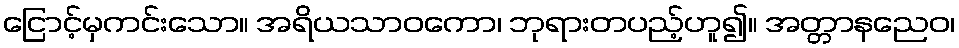
ငြောင့်မှကင်းသော။ အရိယသာဝကော၊ ဘုရားတပည့်ဟူ၍။ အတ္တာနညေဝ၊